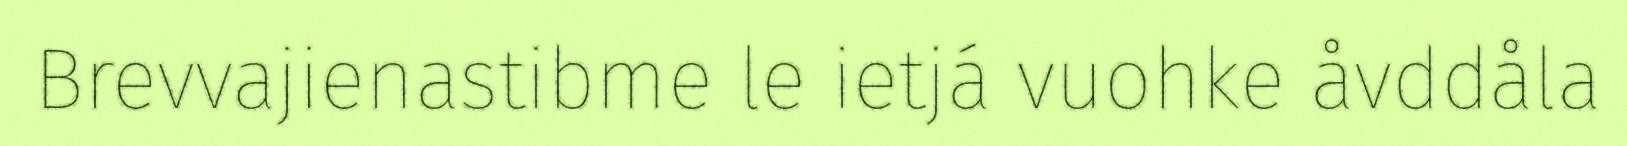
Brevvajienastibme le ietjá vuohke åvddåla